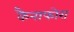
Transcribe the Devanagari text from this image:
कैनाफोरा